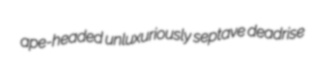
ape-headed unluxuriously septave deadrise